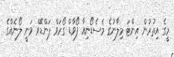
މީގެ އިތުރުން އިންޓަ މިލާނުގެ މެސެޑޯނިއާ ފޯވާޑް ގޯރަވް ޕަންޑޭވް ވަނީ ލޯނެއްގެ